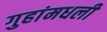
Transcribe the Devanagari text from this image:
गुहांमधली